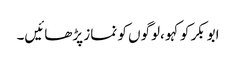
ابوبکر کو کہو ،لوگوں کو نماز پڑھائیں۔